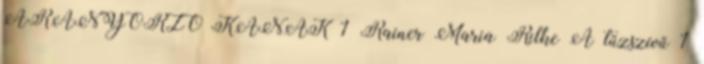
ARANYŐRZŐ KANAK 1 Rainer Maria Rilke A tűzszívű 1